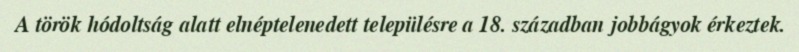
A török hódoltság alatt elnéptelenedett településre a 18. században jobbágyok érkeztek.